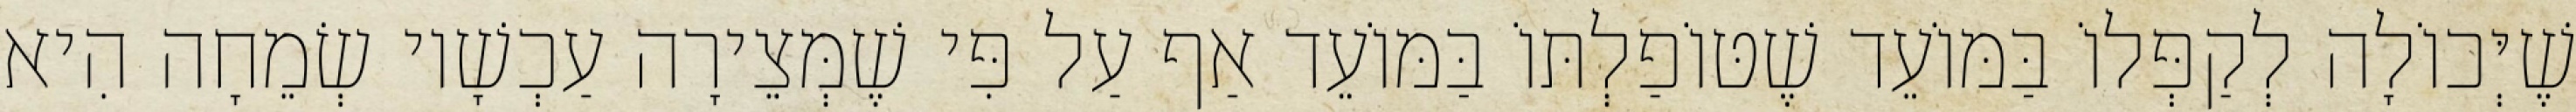
שֶׁיְּכוֹלָה לְקַפְּלוֹ בַּמּוֹעֵד שֶׁטּוֹפַלְתּוֹ בַּמּוֹעֵד אַף עַל פִּי שֶׁמְּצֵירָה עַכְשָׁיו שְׂמֵחָה הִיא